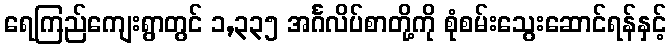
ရေကြည်ကျေးရွာတွင် ၁,၃၃၅ အင်္ဂလိပ်စာတို့ကို စုံစမ်းသွေးဆောင်ရန်နှင့်